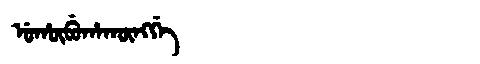
Manchu: ᡠᡥᡡᠪᡠᡥᠠᡴᡡᠩᡤᡝ
Romanization: UHŪBUHAKŪNGGE